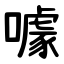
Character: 噱